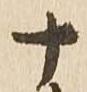
十